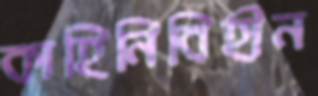
কাহিনিবিহীন